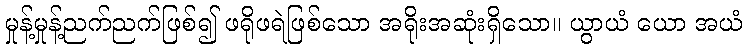
မှုန့်မှုန့်ညက်ညက်ဖြစ်၍ ဖရိုဖရဲဖြစ်သော အရိုးအဆုံးရှိသော။ ယွာယံ ယော အယံ